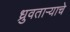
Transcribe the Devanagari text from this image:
ध्रुवताऱ्याचे